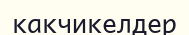
какчикелдер